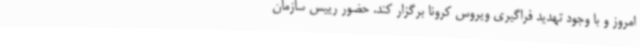
امروز و با وجود تهدید فراگیری ویروس کرونا برگزار کند. حضور رییس سازمان